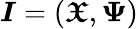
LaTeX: \boldsymbol{I}=(\boldsymbol{\mathfrak{X}},\boldsymbol{\Psi})